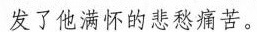
发了他满怀的悲愁痛苦。